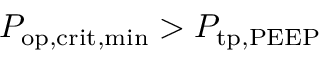
P _ { \mathrm { o p , c r i t , m i n } } > P _ { \mathrm { t p , P E E P } }